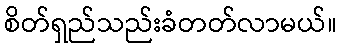
စိတ်ရှည်သည်းခံတတ်လာမယ်။